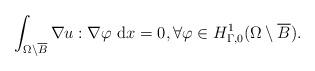
LaTeX: \begin{align*} \int_{\Omega \setminus \overline{B}} \nabla u : \nabla \varphi \ {\rm d}x = 0, \forall \varphi \in H^1_{\Gamma,0}(\Omega \setminus \overline{B}). \end{align*}